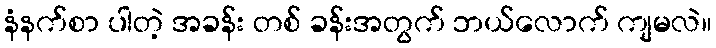
နံနက်စာ ပါတဲ့ အခန်း တစ် ခန်းအတွက် ဘယ်လောက် ကျမလဲ။